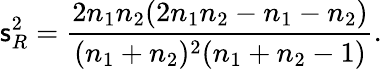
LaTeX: \mathsf{s}_{R}^{2}=\frac{{2n_{1}n_{2}(2n_{1}n_{2}-n_{1}-n_{2})}}{{(n_{1}+n_{2})^{2}(n_{1}+n_{2}-1)}}.